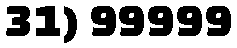
31) 99999